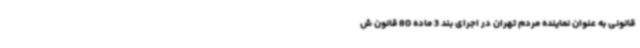
قانونی به عنوان نماینده مردم تهران در اجرای بند 3 ماده 80 قانون ش